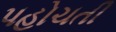
પહોચતી